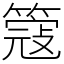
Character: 簆